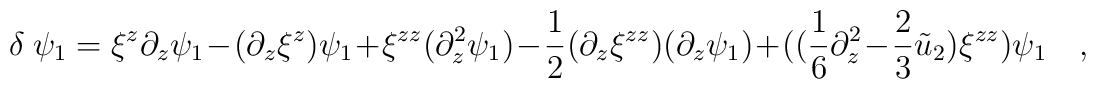
\delta~\psi_1 = \xi^z \partial_z \psi_1 - (\partial_z\xi^z)\psi_1 +  \xi^{zz} (\partial_z^2 \psi_1) - {1\over2} (\partial_z\xi^{zz})  (\partial_z\psi_1) + (({1\over6}\partial_z^2 - {2\over3}\tilde{u}_2)  \xi^{zz})\psi_1 \quad,